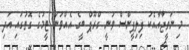
މި ނަތީޖާއާއެކު ފިލިޕީންސް ވަނީ ގްރޫޕް ބީގެ އެއްވަނަ ޓީމުގެ ގޮތުގައި އަދި